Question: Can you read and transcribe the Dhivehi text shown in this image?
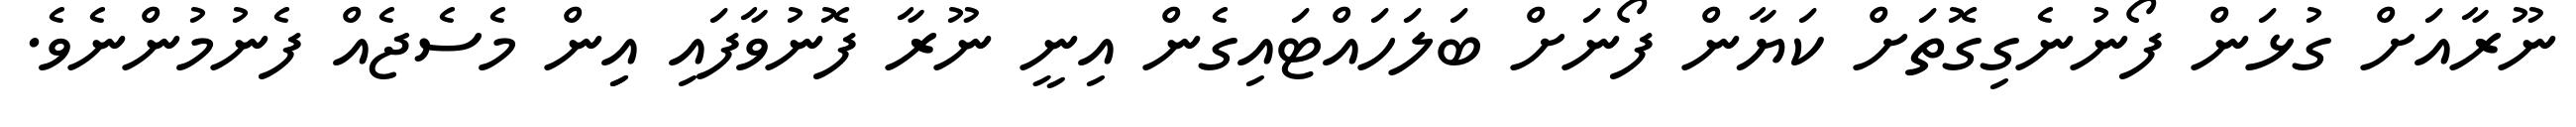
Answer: ނޫރާއަށް ގުޅަން ފޯނުނެގިގޮތަށް ކަޔާން ފޯނަށް ބަލަހައްޓައިގެން އިނީ ނޫރާ ފޮނުވާފައި އިިން މެސެޖެއް ފެނުމުންނެވެ.